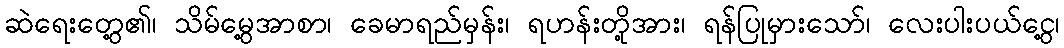
ဆဲရေးတွေ့၏၊ သိမ်မွေ့အာစာ၊ ခေမာရည်မှန်း၊ ရဟန်းတို့အား၊ ရန်ပြုမှားသော်၊ လေးပါးပယ်ငွေ့၊